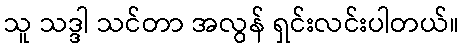
သူ သဒ္ဒါ သင်တာ အလွန် ရှင်းလင်းပါတယ်။